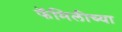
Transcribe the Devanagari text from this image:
फॅमिलीच्या